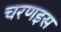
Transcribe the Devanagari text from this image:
चरणइस